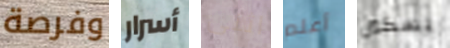
وفرصة أسرار اثنى أعلم بسكين